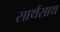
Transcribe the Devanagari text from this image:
सार्थसाथ